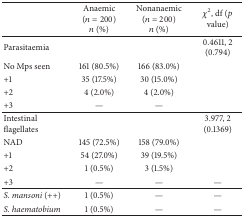
|  | Anaemic (n = 200)n (%) | Nonanaemic (n = 200)n (%) | χ2, df (p value) |
 | --- | --- | --- | --- |
 | Parasitaemia |  |  | 0.4611, 2 (0.794) |
 | No Mps seen | 161 (80.5%) | 166 (83.0%) |  |
 | +1 | 35 (17.5%) | 30 (15.0%) |  |
 | +2 | 4 (2.0%) | 4 (2.0%) |  |
 | +3 | — | — |  |
 | Intestinal flagellates |  |  | 3.977, 2 (0.1369) |
 | NAD | 145 (72.5%) | 158 (79.0%) |  |
 | +1 | 54 (27.0%) | 39 (19.5%) |  |
 | +2 | 1 (0.5%) | 3 (1.5%) |  |
 | +3 | — | — | — |
 | S. mansoni (++) | 1 (0.5%) | — | — |
 | S. haematobium | 1 (0.5%) | — | — |